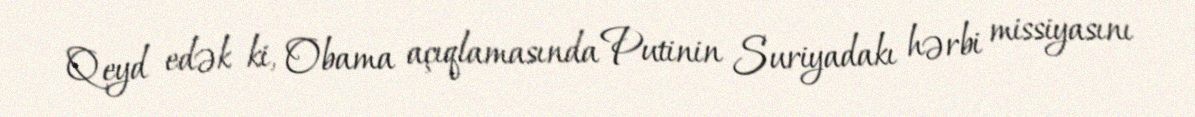
Qeyd edək ki, Obama açıqlamasında Putinin Suriyadakı hərbi missiyasını